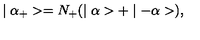
\mid \alpha _ { + } > = N _ { + } ( \mid \alpha > + \mid - \alpha > ) ,